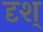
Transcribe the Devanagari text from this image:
दृश्